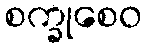
စက္ခုစေဝ